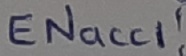
Text: ENacc1